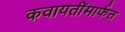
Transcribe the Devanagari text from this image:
कवायतींमार्फत